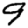
Digit: 9